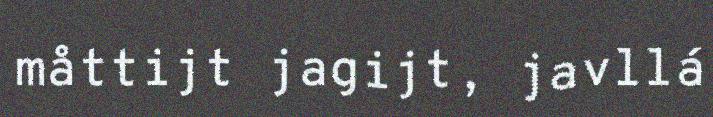
måttijt jagijt, javllá